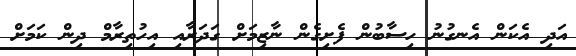
އަދި އެކަން އެނގުނު ހިސާބުން ފެށިގެން ނާޒިމަށް ގަދަރާއި އިހުތިރާމް ދިން ކަމަށް